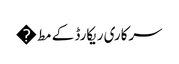
سرکاری ریکارڈ کے مط�